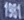
1981